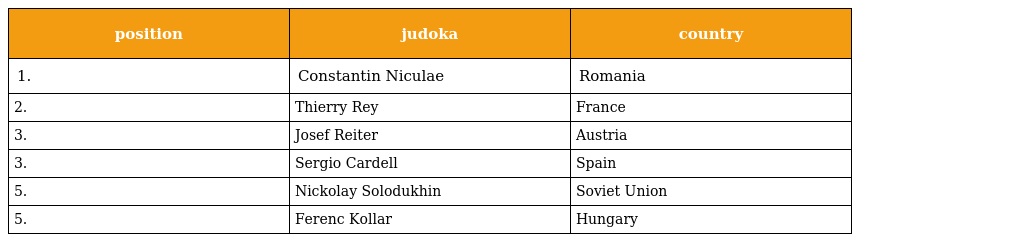
| position | judoka | country |
 | --- | --- | --- |
 | 1. | Constantin Niculae | Romania |
 | 2. | Thierry Rey | France |
 | 3. | Josef Reiter | Austria |
 | 3. | Sergio Cardell | Spain |
 | 5. | Nickolay Solodukhin | Soviet Union |
 | 5. | Ferenc Kollar | Hungary |